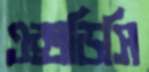
এক্সডিসি